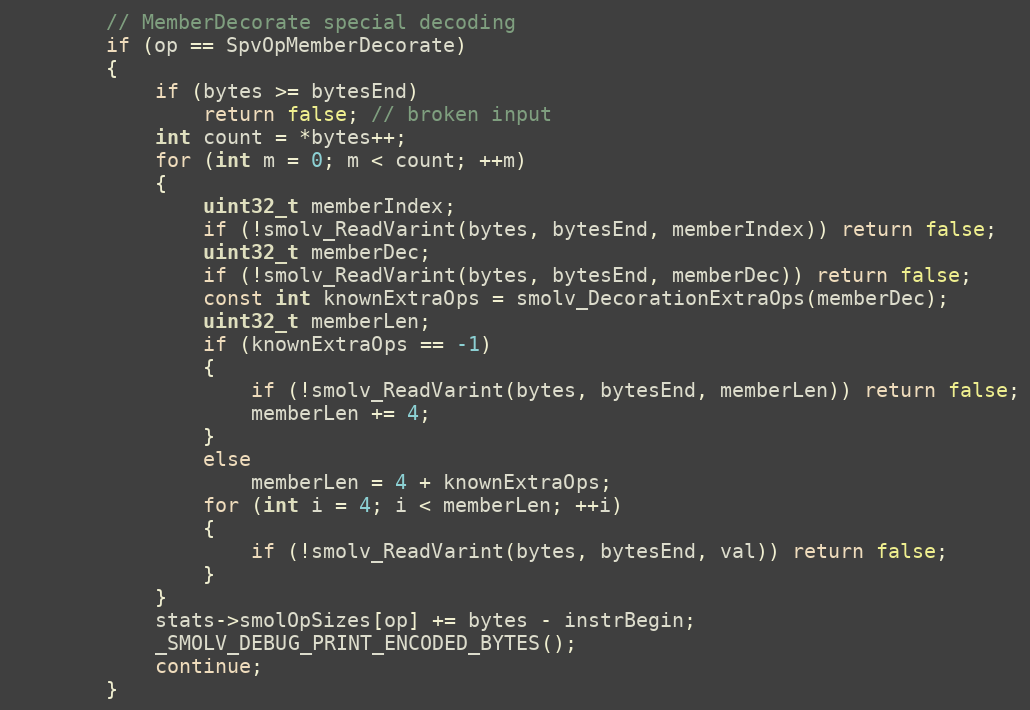
Language: C++
		// MemberDecorate special decoding
		if (op == SpvOpMemberDecorate)
		{
			if (bytes >= bytesEnd)
				return false; // broken input
			int count = *bytes++;
			for (int m = 0; m < count; ++m)
			{
				uint32_t memberIndex;
				if (!smolv_ReadVarint(bytes, bytesEnd, memberIndex)) return false;
				uint32_t memberDec;
				if (!smolv_ReadVarint(bytes, bytesEnd, memberDec)) return false;
				const int knownExtraOps = smolv_DecorationExtraOps(memberDec);
				uint32_t memberLen;
				if (knownExtraOps == -1)
				{
					if (!smolv_ReadVarint(bytes, bytesEnd, memberLen)) return false;
					memberLen += 4;
				}
				else
					memberLen = 4 + knownExtraOps;
				for (int i = 4; i < memberLen; ++i)
				{
					if (!smolv_ReadVarint(bytes, bytesEnd, val)) return false;
				}
			}
			stats->smolOpSizes[op] += bytes - instrBegin;
			_SMOLV_DEBUG_PRINT_ENCODED_BYTES();
			continue;
		}